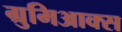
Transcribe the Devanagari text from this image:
ग्रुमिआक्स